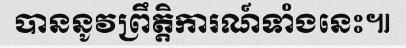
បាននូវព្រឹត្តិការណ៍ទាំងនេះ៕